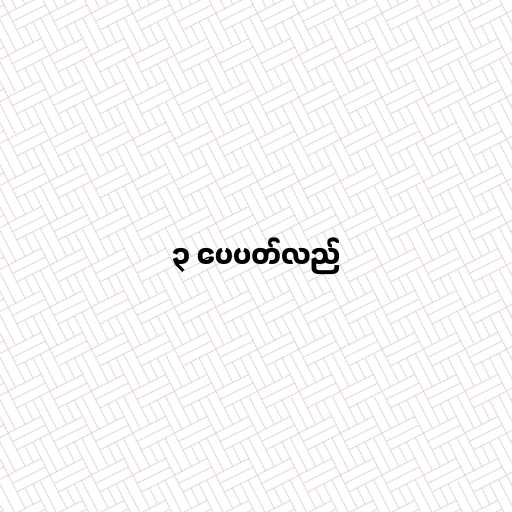
၃ ပေပတ်လည်